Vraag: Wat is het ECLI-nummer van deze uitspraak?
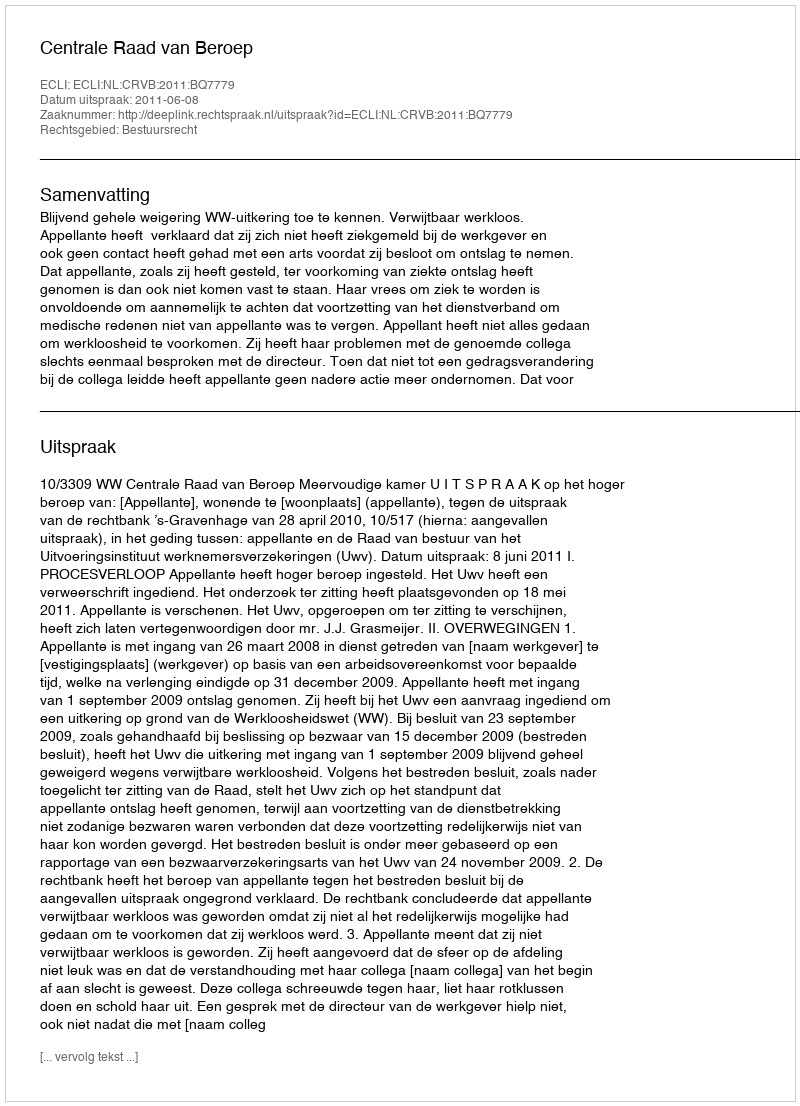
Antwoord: ECLI:NL:CRVB:2011:BQ7779